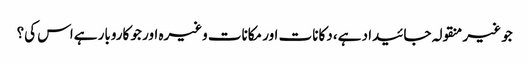
جو غیر منقولہ جائیداد ہے، دکانات اور مکانات وغیرہ اور جو کاروبار ہےاس کی؟